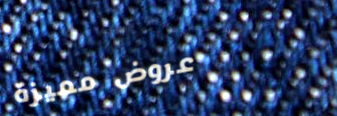
عروض مميزة